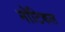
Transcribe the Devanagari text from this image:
नॊटिकल